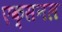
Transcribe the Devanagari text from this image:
एक्सनल